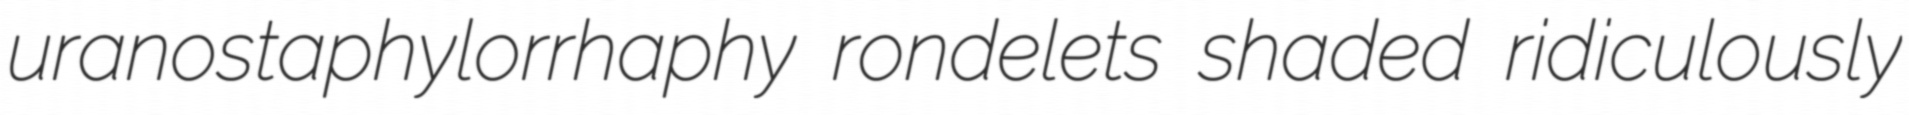
uranostaphylorrhaphy rondelets shaded ridiculously